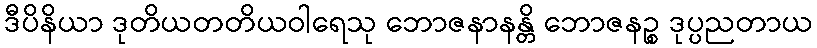
ဒီပိနိယာ ဒုတိယတတိယဝါရေသု ဘောဇနာနန္တိ ဘောဇနဉ္စ ဒုပ္ပညတာယ